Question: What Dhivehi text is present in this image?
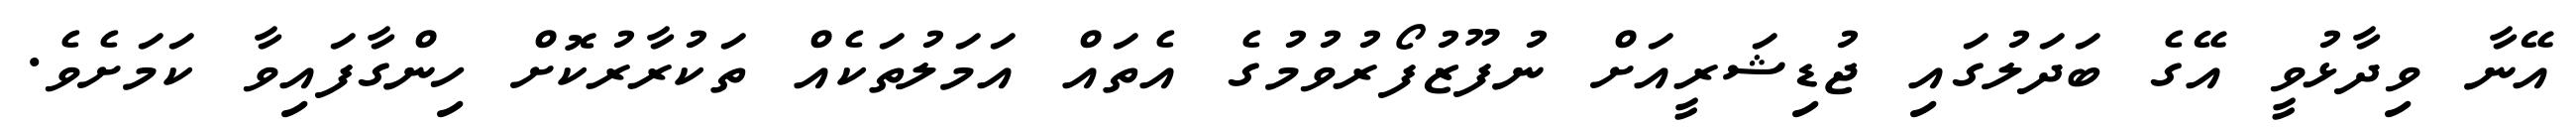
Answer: އޭނާ ވިދާޅުވީ އޭގެ ބަދަލުގައި ޖުޑިޝަރީއަށް ނުފޫޒުފޯރުވުމުގެ އެތައް އަމަލުތަކެއް ތަކުރާރުކޮށް ހިންގާފައިވާ ކަމަށެވެ.